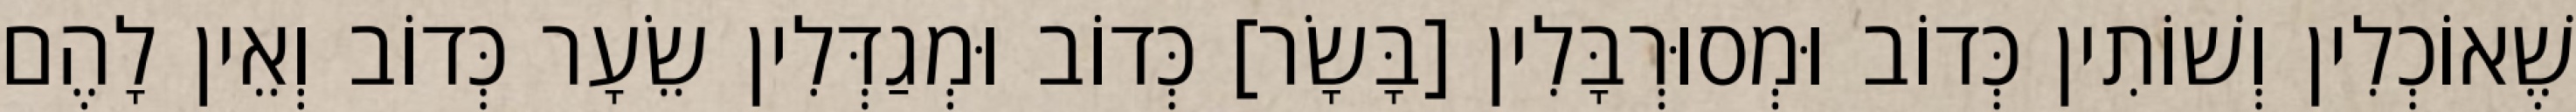
שֶׁאוֹכְלִין וְשׁוֹתִין כְּדוֹב וּמְסוּרְבָּלִין [בָּשָׂר] כְּדוֹב וּמְגַדְּלִין שֵׂעָר כְּדוֹב וְאֵין לָהֶם